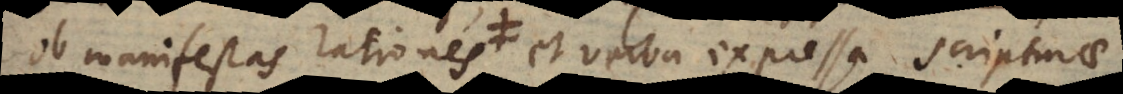
ob manifestas rationes et verba expressa Scripturae